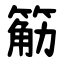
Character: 䈥